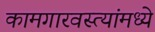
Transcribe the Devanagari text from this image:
कामगारवस्त्यांमध्ये